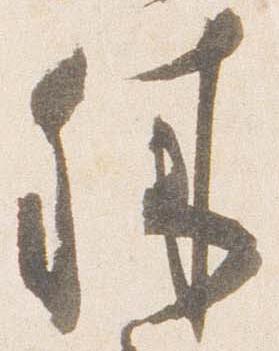
殊